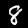
Label: 8